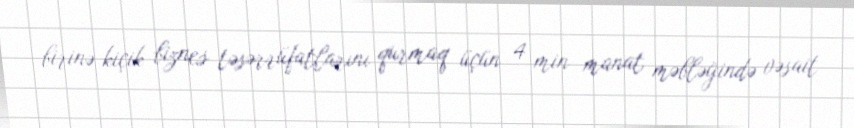
birinə kiçik biznes təsərrüfatlarını qurmaq üçün 4 min manat məbləğində vəsait